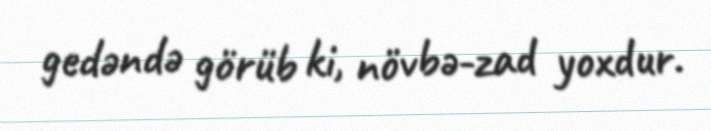
gedəndə görüb ki, növbə-zad yoxdur.